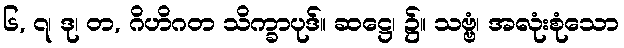
၆, ၇၊ ဒု၊ တ, ဂိဟိဂတ သိက္ခာပုဒ်။ ဆဋ္ဌေ၊ ၌။ သဗ္ဗံ၊ အလုံးစုံသော